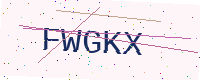
Text: FWGKX